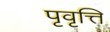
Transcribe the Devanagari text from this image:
पृवृत्ति